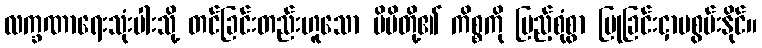
လက္ခဏာရေးသုံးပါးသို့ တင်ခြင်းတည်းဟူသော မိမိတို့၏ ကိစ္စကို ပြည့်စုံစွာ ပြုခြင်းငှာမစွမ်းနိုင်။